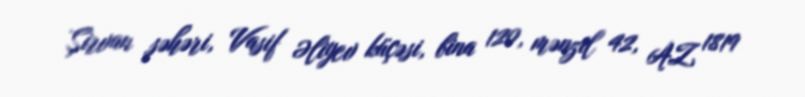
Şirvan şəhəri, Vasif Əliyev küçəsi, bina 120, mənzil 42, AZ 1819